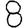
Digit: 8